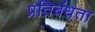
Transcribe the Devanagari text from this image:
प्रतिबंधता